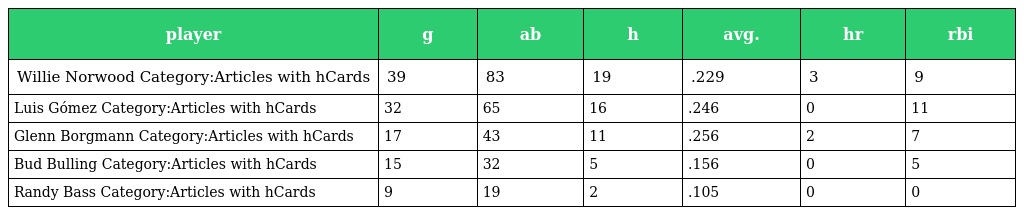
| player | g | ab | h | avg. | hr | rbi |
 | --- | --- | --- | --- | --- | --- | --- |
 | Willie Norwood Category:Articles with hCards | 39 | 83 | 19 | .229 | 3 | 9 |
 | Luis Gómez Category:Articles with hCards | 32 | 65 | 16 | .246 | 0 | 11 |
 | Glenn Borgmann Category:Articles with hCards | 17 | 43 | 11 | .256 | 2 | 7 |
 | Bud Bulling Category:Articles with hCards | 15 | 32 | 5 | .156 | 0 | 5 |
 | Randy Bass Category:Articles with hCards | 9 | 19 | 2 | .105 | 0 | 0 |